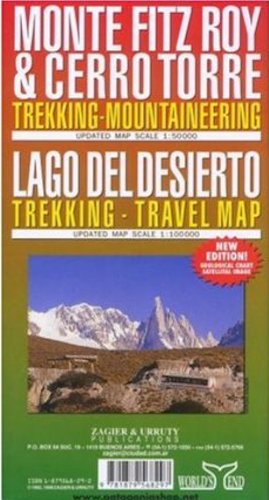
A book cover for Monte Fitz Roy & Cerro Torre : Trekking-Mountaineering and Lago Del Desierto : Trekking - Travel Map; Sergio Zagier; Travel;